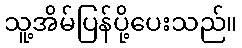
သူ့အိမ်ပြန်ပို့ပေးသည်။